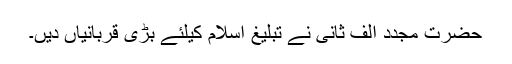
حضرت مجدد الف ثانیؒ نے تبلیغ اسلام کیلئے بڑی قربانیاں دیں۔